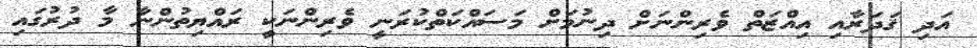
އަދި ޤަދަރާއި އިއްޒަތް ވެރިންނަށް ދިނުމަށް މަސައްކަތްކުރަނީ ވެރިންނަކީ ރައްޔިތުންނާ މާ ދުރުގައި